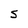
Character: S